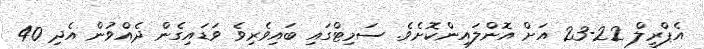
އެޕްރީލް 22-23 އަށް އޮންލައިންކޮށެވެ. ސަމިޓްގައި ބައިވެރިވެ ވަޑައިގެން ދެއްވުން އެދި 40